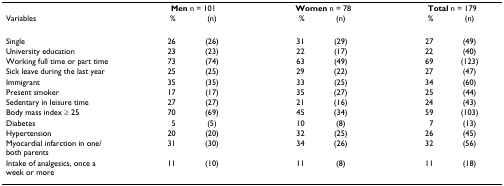
|  | <COLSPAN=2> Men n = 101 | <COLSPAN=2> Women n = 78 | <COLSPAN=2> Total n = 179 |
 | Variables | % | (n) | % | (n) | % | (n) |
 | --- | --- | --- | --- | --- | --- | --- |
 | Single | 26 | (26) | 31 | (29) | 27 | (49) |
 | University education | 23 | (23) | 22 | (17) | 22 | (40) |
 | Working full time or part time | 73 | (74) | 63 | (49) | 69 | (123) |
 | Sick leave during the last year | 25 | (25) | 29 | (22) | 27 | (47) |
 | Immigrant | 35 | (35) | 33 | (25) | 34 | (60) |
 | Present smoker | 17 | (17) | 35 | (27) | 25 | (44) |
 | Sedentary in leisure time | 27 | (27) | 21 | (16) | 24 | (43) |
 | Body mass index ≥ 25 | 70 | (69) | 45 | (34) | 59 | (103) |
 | Diabetes | 5 | (5) | 10 | (8) | 7 | (13) |
 | Hypertension | 20 | (20) | 32 | (25) | 26 | (45) |
 | Myocardial infarction in one/both parents | 31 | (30) | 34 | (26) | 32 | (56) |
 | Intake of analgesics, once a week or more | 11 | (10) | 11 | (8) | 11 | (18) |